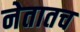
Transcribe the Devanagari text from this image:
नेतातच